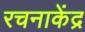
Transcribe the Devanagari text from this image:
रचनाकेंद्र